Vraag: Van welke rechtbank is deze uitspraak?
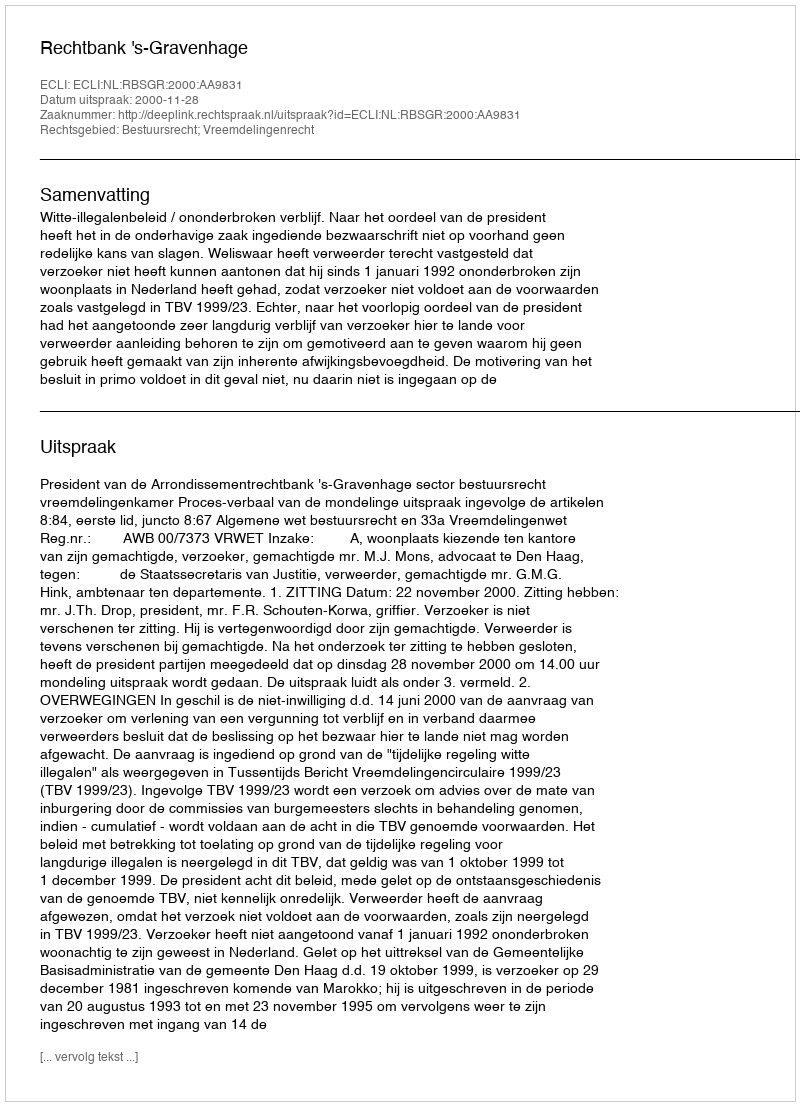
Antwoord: Rechtbank 's-Gravenhage